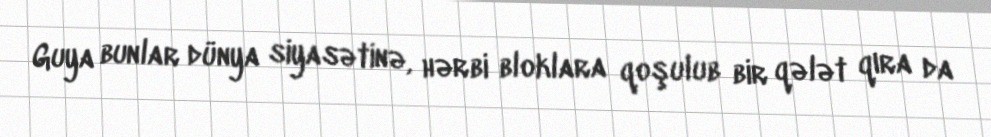
Guya bunlar dünya siyasətinə, hərbi bloklara qoşulub bir qələt qıra da